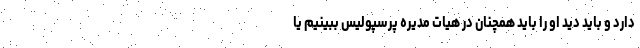
دارد و باید دید او را باید همچنان در هیات مدیره پرسپولیس ببینیم یا